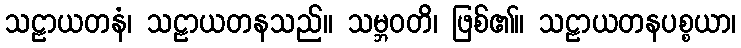
သဠာယတနံ၊ သဠာယတနသည်။ သမ္ဘဝတိ၊ ဖြစ်၏။ သဠာယတနပစ္စယာ၊